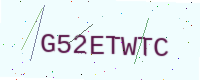
Text: G52ETWTC